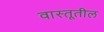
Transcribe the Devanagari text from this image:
वास्तूतील